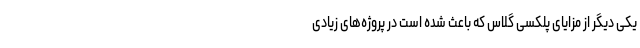
یکی دیگر از مزایای پلکسی گلاس که باعث شده است در پروژه‌های زیادی